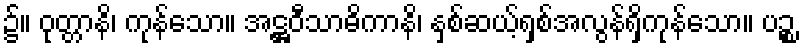
၌။ ဝုတ္တာနိ၊ ကုန်သော။ အဋ္ဌဝီသာဓိကာနိ၊ နှစ်ဆယ့်ရှစ်အလွန်ရှိကုန်သော။ ပဉ္စ